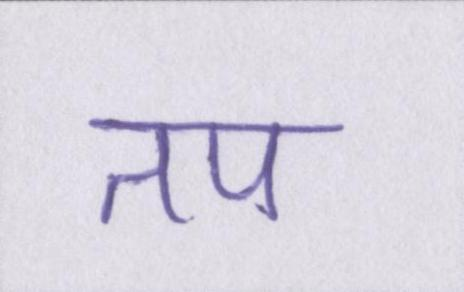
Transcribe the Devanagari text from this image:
तप